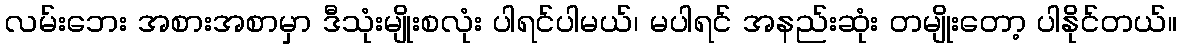
လမ်းဘေး အစားအစာမှာ ဒီသုံးမျိုးစလုံး ပါရင်ပါမယ်၊ မပါရင် အနည်းဆုံး တမျိုးတော့ ပါနိုင်တယ်။